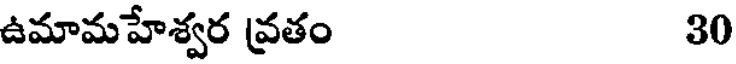
ఉమామహేశ్వర వ్రతం 30